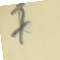
7